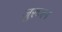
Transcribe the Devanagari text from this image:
जुरुजन